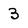
Character: 3